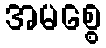
အမစ္စေ